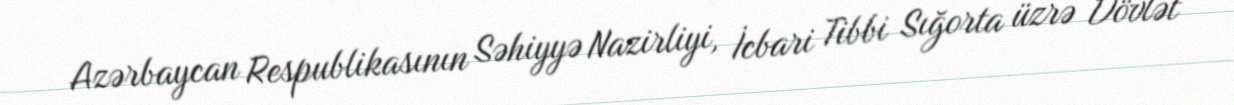
Azərbaycan Respublikasının Səhiyyə Nazirliyi, İcbari Tibbi Sığorta üzrə Dövlət